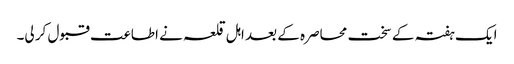
ایک ہفتہ کے سخت محاصرہ کے بعد اہل قلعہ نے اطاعت قبول کر لی۔